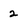
Character: 2